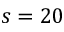
s = 2 0